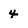
Character: 4